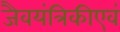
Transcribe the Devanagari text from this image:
जैवयंत्रिकीएवं